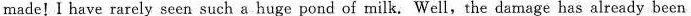
made!I have rarely seen such a huge pond of milk. Well,the damage has already been